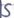
Text: S